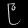
Digit: ၉